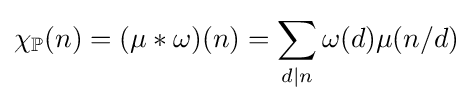
\chi _{\mathbb {P} }(n)=(\mu \ast \omega )(n)=\sum _{d|n}\omega (d)\mu (n/d)